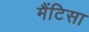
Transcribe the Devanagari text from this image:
मैंटिसा